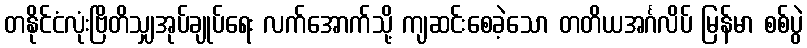
တနိုင်ငံလုံးဗြိတိသျှအုပ်ချုပ်ရေး လက်အောက်သို့ ကျဆင်းစေခဲ့သော တတိယအင်္ဂလိပ် မြန်မာ စစ်ပွဲ